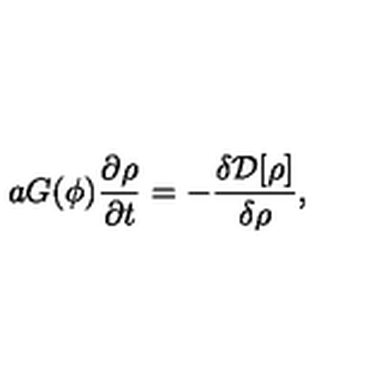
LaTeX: a G ( \phi ) \frac { \partial \rho } { \partial t } = - \frac { \delta { \cal D } [ \rho ] } { \delta \rho } ,